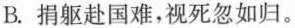
B.捐躯赴国难，视死忽如归。